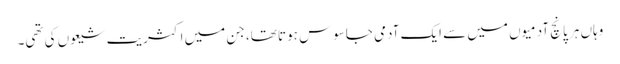
وہاں ہر پانچ آدمیوں میں سے ایک آدمی جاسوس ہوتا تھا، جن میں اکثریت شیعوں کی تھی۔